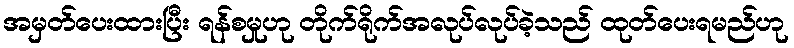
အမှတ်ပေးထားပြီး ရန်စမှုဟု တိုက်ရိုက်အလုပ်လုပ်ခဲ့သည် ထုတ်ပေးရမည်ဟု